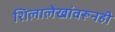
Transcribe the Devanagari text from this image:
शिलालेखांवरूनही